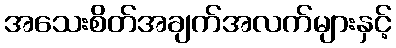
အသေးစိတ်အချက်အလက်များနှင့်